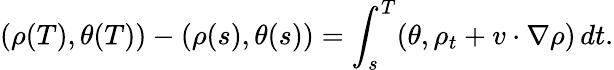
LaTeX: (\rho(T),\theta(T))-(\rho(s),\theta(s))=\int_{s}^{T}(\theta,\rho_{t}+v\cdot\nabla\rho)\, dt.